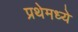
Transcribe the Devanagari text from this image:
प्रथेमध्ये